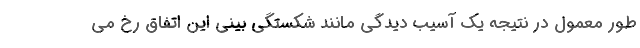
طور معمول در نتیجه یک آسیب دیدگی مانند شکستگی بینی این اتفاق رخ می